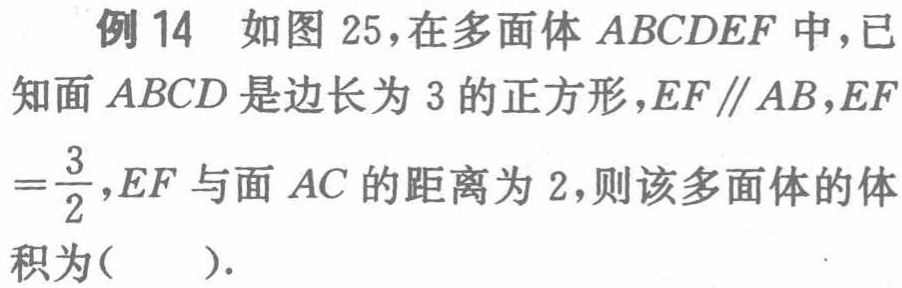
例 14 如图 25，在多面体 \(ABCDEF\) 中，已知面 \(ABCD\) 是边长为 3 的正方形，\(EF\parallel AB\)，\(EF = \frac{3}{2}\)，\(EF\) 与面 \(AC\) 的距离为 2，则该多面体的体积为(  ).